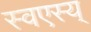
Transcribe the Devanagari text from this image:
स्वएस्य्